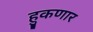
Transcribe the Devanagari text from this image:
हुकणार